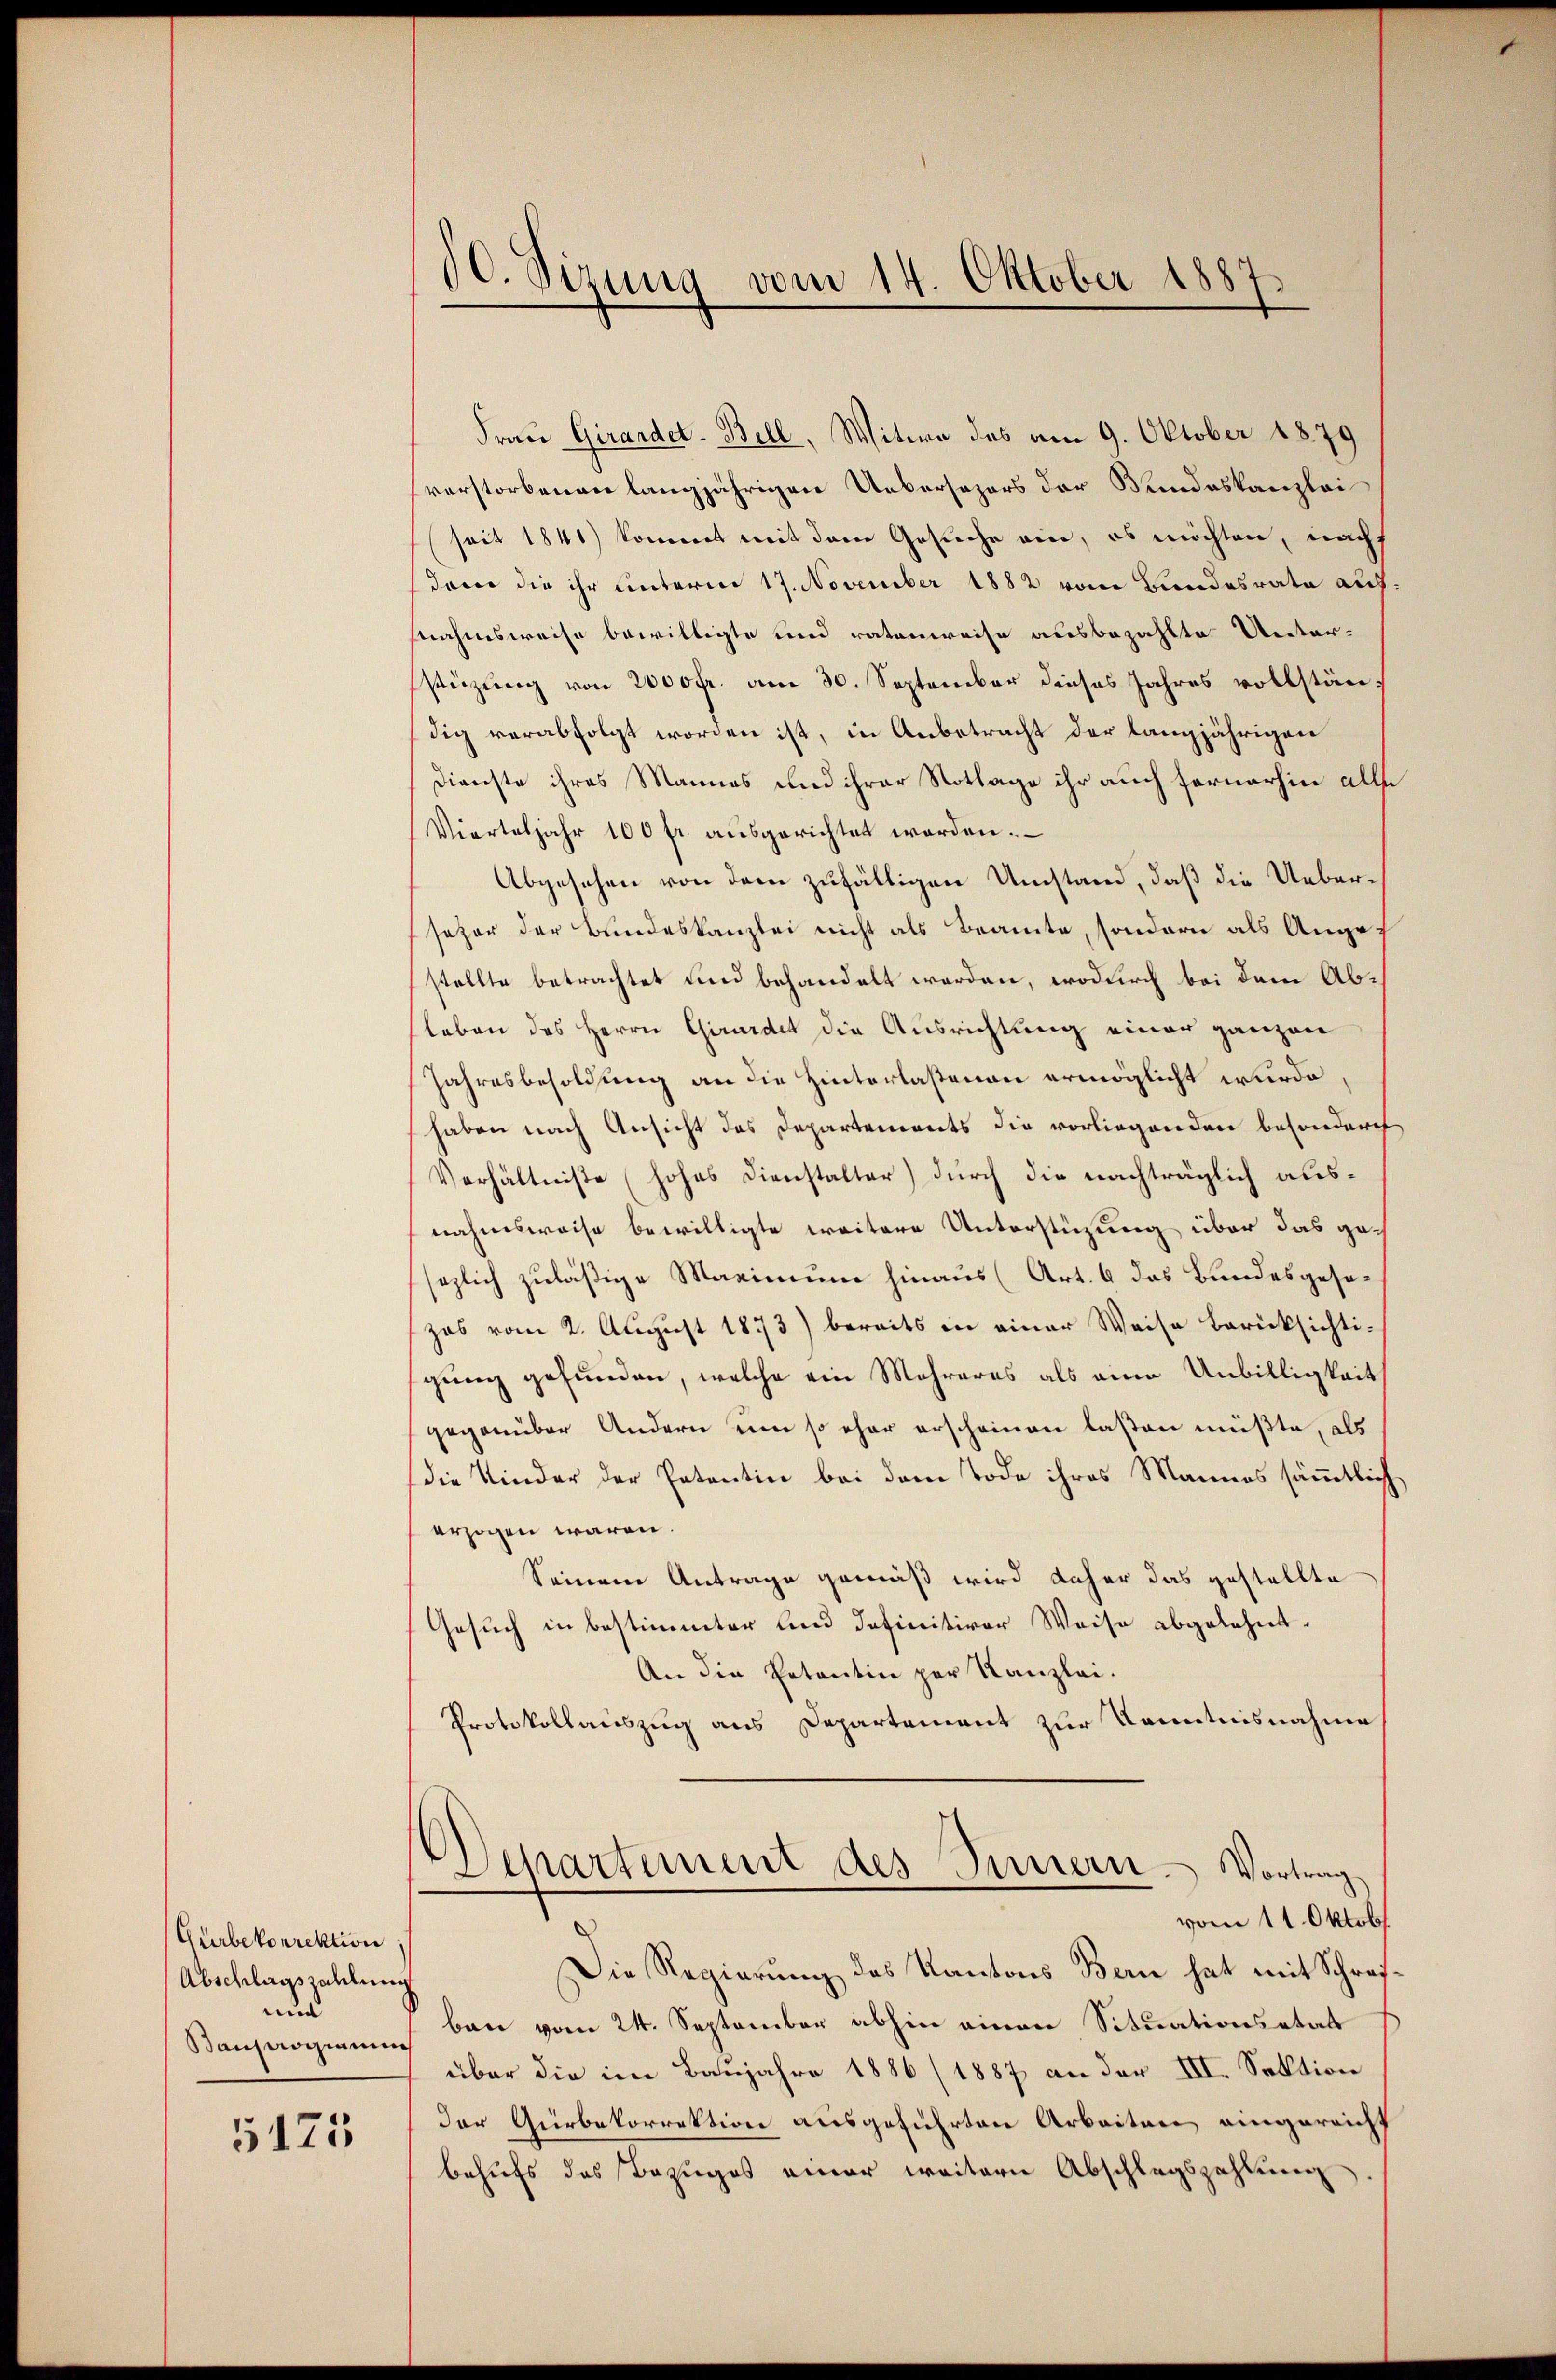
Gurbekorrektion
Abschlagszahlung
und
Bauprogirun

5173

10. Sizung vom 14. Oktober 1887.

Frau Girardet-Bell, Witwe des am 9. Oktober 1879
vorstorbenen langjährigen Uebersezers der Bundeskanzlei
seit 1841) kommet mit dem Gesuche ein, es möchten, nach
dano die ihr unterm 17. November 1882 vom Bundesrate auf
snahmsweise bewilligte und ratenweise ausbezahlte Unter-
stüzung von 2000fr. am 30. September dieses Jahres vollständig verabfolgt worden ist, in Anbetracht der langjährigen
Dienste ihres Mannes und ihrer Notlage ihr auch fernerhin alle
Vierteljahr 100 fr. ausgerichtet worden.
Abgesehen von dem zufälligen Umstand, daß die Uebersezer der Bundeskanzlei nicht als Beamte, sondern als Auge
stellte betrachtet und behandelt werden, wodurch bei dem Absleben des Herrn Grundet die Ausrichtung einer ganzen
Jahresbesoldung an die Hinterlastenen ermöglicht wurde,
haben nach Ansicht des Departements die vorliegenden besondere
Verhältniße (hohes Dienstalter) durch die nachträglich ausnahmsweise bewilligte weitere Unterstüzung über das gesezlich zuläßige Maximum hinaus (Art. 6 das Bundesgesezas vom 2. August 1873) bereits in einer Weise berücksichtigung gefunden, welche ein Mehreres als eine Unbilligkeit
gegenüber Andern um so eher erscheinen laßen müßte, als
die Kinder der Patentin bei dem Tode ihres Mannes sämmtlich
erzogen waren.
Seinem Antrage gemäß wird daher das gestellte
Gesuch in bestimmter und definitiver Weise abgelehnt.
An die Petentin per Kanzlei.
Protokollauszug aus Departement zur Kenntnisnahme
)
Departement des Innern Vortrag
vom 11. Oktob
Die Regierung des Kantons Bern hat mit Schreiban vom 24. September abhin einen Situationsstat
über die im Baujahre 1886 (1887 an der III. Sektion
der Gürbekorrektion ausgeführten Arbeiten eingereicht
behufs des Bezuges einer weitern Abschlagszahlung